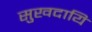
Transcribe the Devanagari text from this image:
सुखदायि